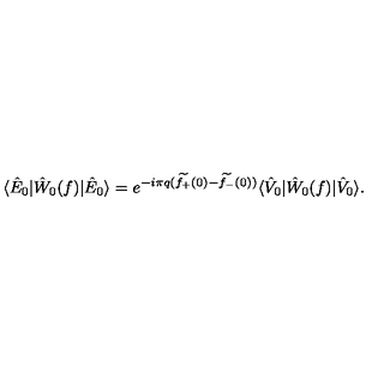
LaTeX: \langle \hat { E } _ { 0 } | \hat { W } _ { 0 } ( f ) | \hat { E } _ { 0 } \rangle = e ^ { - i \pi q ( \widetilde { f _ { + } } ( 0 ) - \widetilde { f _ { - } } ( 0 ) ) } \langle \hat { V } _ { 0 } | \hat { W } _ { 0 } ( f ) | \hat { V } _ { 0 } \rangle .